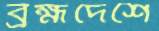
ব্রহ্মদেশে